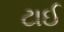
ટાઈ